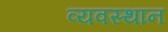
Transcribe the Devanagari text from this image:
व्यवस्थान